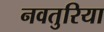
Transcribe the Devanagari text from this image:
नवतुरिया